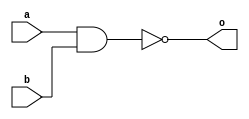
`timescale 1ns / 1ps

module my_nand(
    input  a,
    input  b,
    output o
    );
    
    assign o = !(a & b);

endmodule